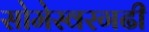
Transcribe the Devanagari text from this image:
सोमेस्वरगढी